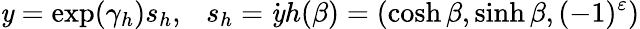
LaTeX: \mathit{y}=\exp(\gamma_{h})s_{h},\ \ \ s_{h}=\dot{{\mathit{y}}}h(\beta)=(\cosh\beta,\sinh\beta,(-1)^{\varepsilon})